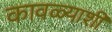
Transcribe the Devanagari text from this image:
कावळ्याशी